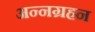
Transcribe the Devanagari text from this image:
अन्नग्रहन